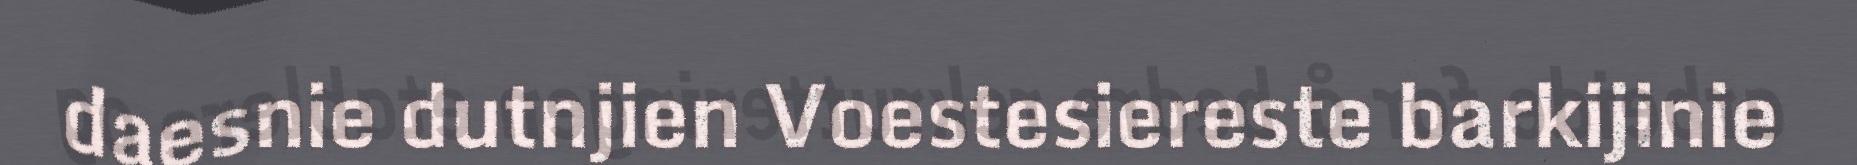
daesnie dutnjien Voestesiereste barkijinie